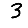
Digit: 3